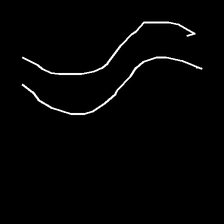
Glyph: float